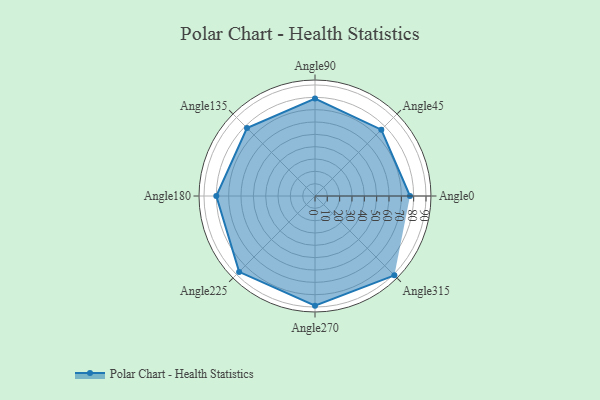
{"axis": {"x": "Angle", "y": "Radius"}, "legend": [""], "data": [{"x": "Angle0", "y": 77.0, "type": ""}, {"x": "Angle45", "y": 76.0, "type": ""}, {"x": "Angle90", "y": 79.0, "type": ""}, {"x": "Angle135", "y": 78.0, "type": ""}, {"x": "Angle180", "y": 80.0, "type": ""}, {"x": "Angle225", "y": 87.0, "type": ""}, {"x": "Angle270", "y": 89.0, "type": ""}, {"x": "Angle315", "y": 91.0, "type": ""}]}